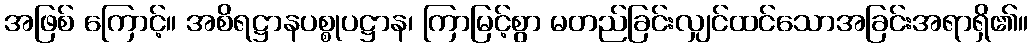
အဖြစ် ကြောင့်။ အစိရဋ္ဌာနပစ္စုပဋ္ဌာန၊ ကြာမြင့်စွာ မတည်ခြင်းလျှင်ထင်သောအခြင်းအရာရှိ၏။